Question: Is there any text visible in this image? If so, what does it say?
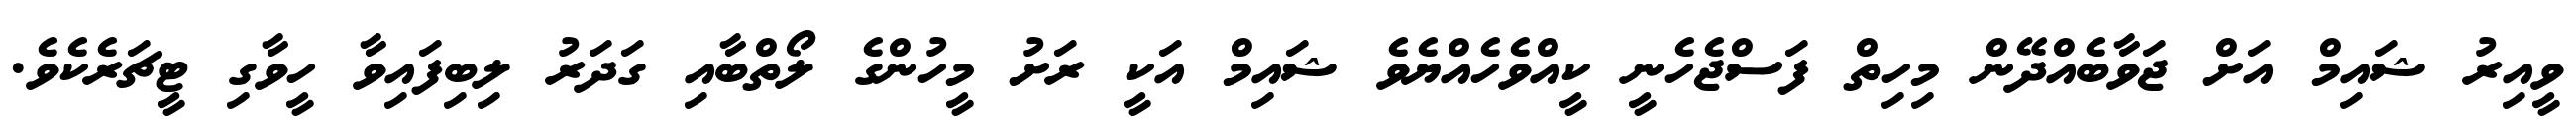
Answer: ވީއިރު ޝައިމް އަށް ޖަވާބެއްދޭން މިހިތް ފަސްޖެހެނީ ކީއްވެހެއްޔެވެ ޝައިމް އަކީ ރަށު މީހުންގެ ލޯތްބާއި ގަދަރު ލިބިފައިވާ ހީވާގި ޓީޗަރެކެވެ.